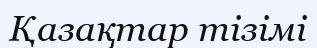
Қазақтар тізімі